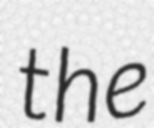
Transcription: the